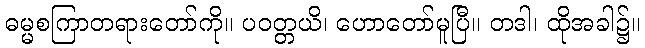
ဓမ္မစကြာတရားတော်ကို။ ပဝတ္တယိ၊ ဟောတော်မူပြီ။ တဒါ၊ ထိုအခါ၌။